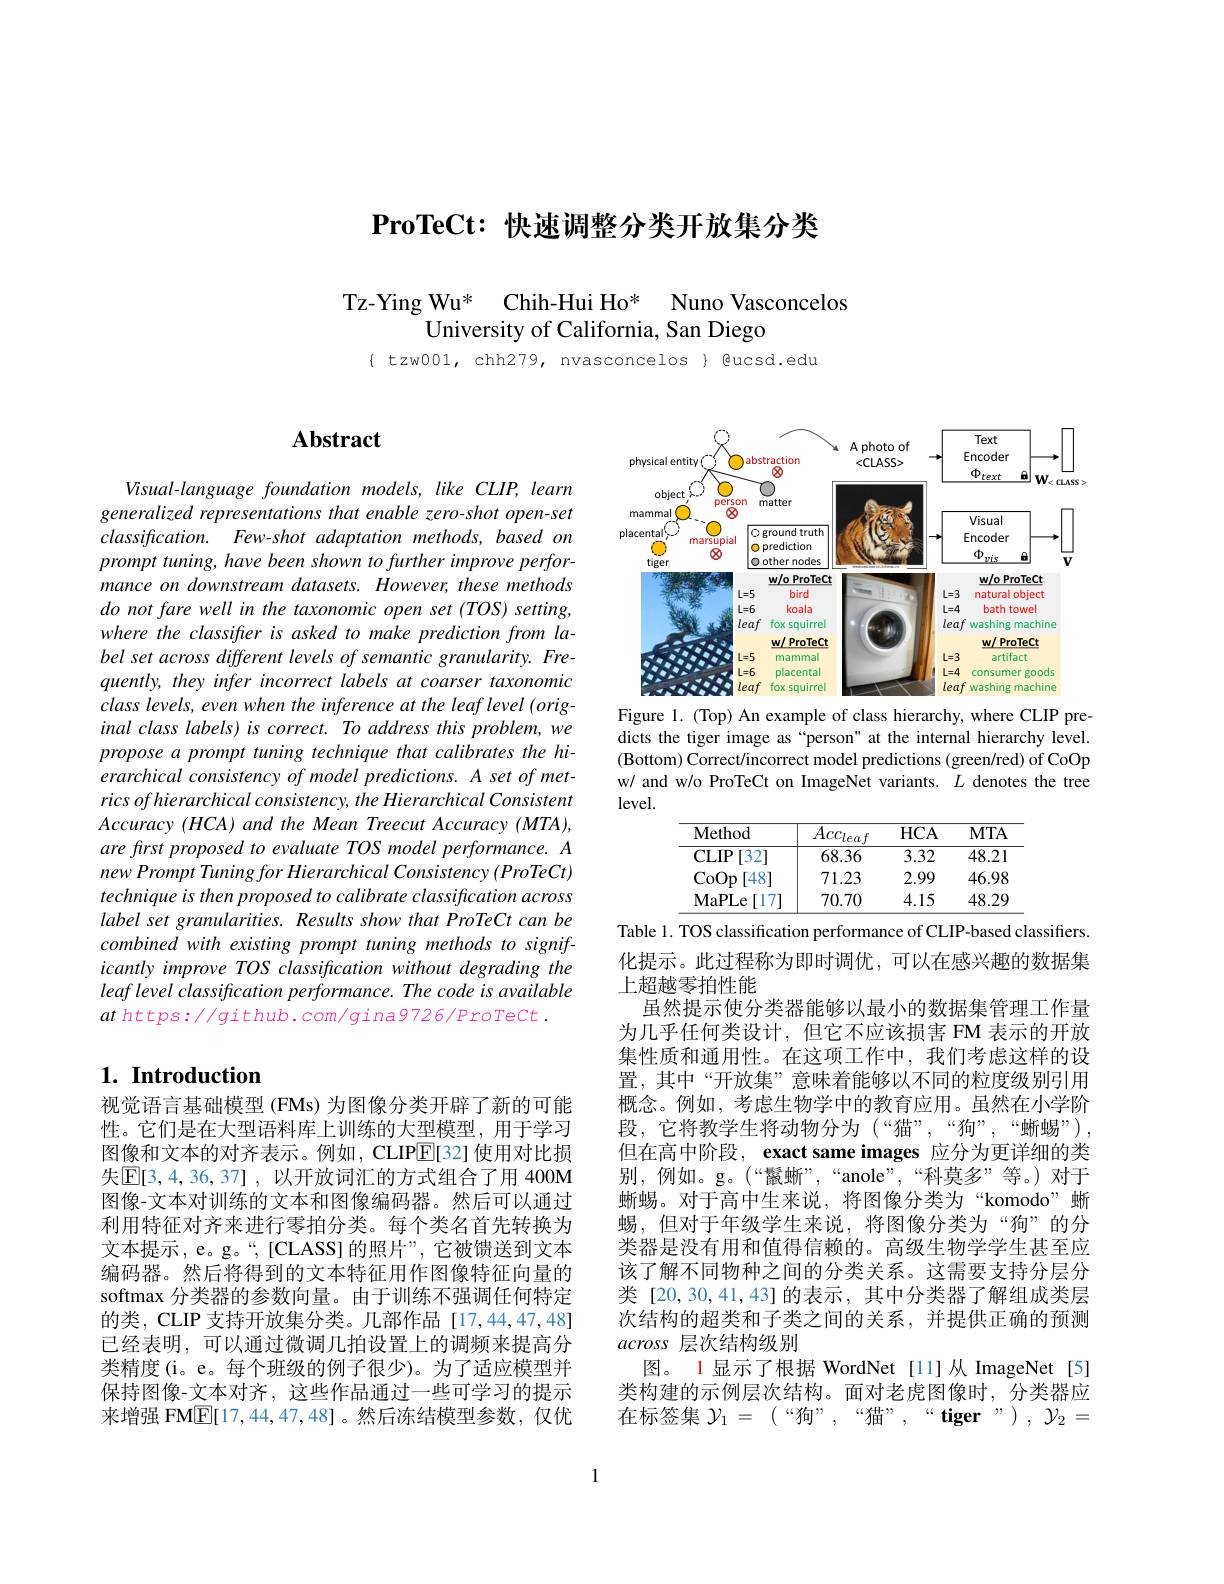
## $\textbf{ProTeCt: 快 速 调 整 分 类 开 放 集 分 类 }$

Tz-Ying Wu* Chih-Hui Ho* Nuno Vasconcelos
University of California, San Diego

$\{ tzw001, chh279, nvasconcelos $ gucsd.edu$

## $\mathbf{Abstract}$

Visual-language foundation models, like CLIP, learn generalized representations that enable zero-shot open-set $classification.$ $Few- shot$ adaptation $methods, based$ $on$ prompt tuning, have been shown to further improve performance on downstream datasets. However, these methods do not fare well in the taxonomic open set (TOS) setting, where the classifier is asked to make prediction from label set across different levels of semantic granularity. Frequently, they infer incorrect labels at coarser taxonomic class levels, even when the inference at the leaf level (original class labels) is correct. To address this problem, we propose a prompt tuning technique that calibrates the hierarchical consistency of model predictions. A set of metrics of hierarchical consistency, the Hierarchical Consistent $Accuracy(HCA)$ and the Mean Treecut Accuracy (MTA), are first proposed to evaluate TOS model performance. A $new\textit{Prompt Tuning for Hierarchical Consistency ( ProTeCt) }$ technique is then proposed to calibrate classification across label set granularities. Results show that ProTeCt can be $combinedwithexistingprompttuningmethodstosignif-$ icantly improve TOS classification without degrading the leaf level classification performance. The code is available $at$ https://github.com/gina9726/ProTeCt.

## $1. \textbf{ Introduction}$

视觉语言基础模型 (FMs) 为图像分类开辟了新的可能性。它们是在大型语料库上训练的大型模型，用于学习图像和文本的对齐表示。例如，CLIP$\overline{\mathrm{E}}[$32] 使用对比损失$\mathbb{E}[3,4,36,37]$,以开放词汇的方式组合了用 400M 图像-文本对训练的文本和图像编码器。然后可以通过利用特征对齐来进行零拍分类。每个类名首先转换为文本提示，e。g。“,[CLASS]的照片”,它被馈送到文本编码器。然后将得到的文本特征用作图像特征向量的softmax 分类器的参数向量。由于训练不强调任何特定的类，CLIP 支持开放集分类。几部作品[17,44,47,48] 已经表明，可以通过微调几拍设置上的调频来提高分类精度(i。e。每个班级的例子很少)。为了适应模型并保持图像-文本对齐，这些作品通过一些可学习的提示来增强 FM$\underline{\mathbb{E}}[17,44,47,48]$。然后冻结模型参数，仅优

<FigureHere>

Figure 1. (Top) An example of class hierarchy, where CLIP predicts the tiger image as “person" at the internal hierarchy level. (Bottom) Correct/incorrect model predictions (green/red) of CoOp w/ and w/o ProTeCt on ImageNet variants. $L$ denotes the tree level.

<table>
	<tbody>
		<tr>
			<th>Method</th>
			<th>$Acc_{leaf}$</th>
			<th>$HCA$</th>
			<th>$MTA$</th>
		</tr>
		<tr>
			<td>$CLIP$ [32]</td>
			<td>68.36</td>
			<td>3.32</td>
			<td>48.21</td>
		</tr>
		<tr>
			<td>CoOp [48</td>
			<td>71.23</td>
			<td>2.99</td>
			<td>46.98</td>
		</tr>
		<tr>
			<td>MaPLe [17]</td>
			<td>70.70</td>
			<td>4.15</td>
			<td>48.29</td>
		</tr>
	</tbody>
</table>

Table 1. TOS classification performance of CLIP-based classifiers. 化提示。此过程称为即时调优，可以在感兴趣的数据集上超越零拍性能
虽然提示使分类器能够以最小的数据集管理工作量为几乎任何类设计，但它不应该损害 FM 表示的开放集性质和通用性。在这项工作中，我们考虑这样的设置，其中“开放集”意味着能够以不同的粒度级别引用概念。例如，考虑生物学中的教育应用。虽然在小学阶段，它将教学生将动物分为(“猫”,“狗”,“蜥蜴”), 但在高中阶段，exact same images 应分为更详细的类别，例如。g。(“鬣蜥”,“anole”,“科莫多”等。)对于蜥蜴。对于高中生来说，将图像分类为“komodo”蜥蜴，但对于年级学生来说，将图像分类为“狗”的分类器是没有用和值得信赖的。高级生物学学生甚至应该了解不同物种之间的分类关系。这需要支持分层分类[20,30,41,43]的表示，其中分类器了解组成类层次结构的超类和子类之间的关系，并提供正确的预测across层次结构级别
图。1 显示了根据 WordNet[11]从 ImageNet[5] 类构建的示例层次结构。面对老虎图像时，分类器应在标签集$\mathcal{Y} _1= ($“ 狗 ” , “ 猫 ” , “ “ tiger” ) , $\mathcal{Y} _2=$

1